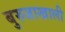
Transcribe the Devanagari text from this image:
बुरुजाखाली